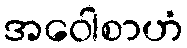
အဝေါစာဟံ